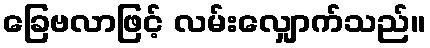
ခြေဗလာဖြင့် လမ်းလျှောက်သည်။